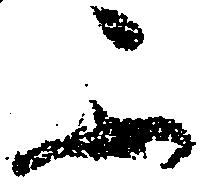
不